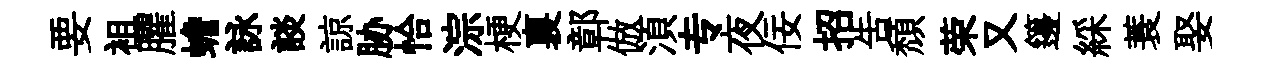
要袓臞蟾詠談諒胁恰淙梗裏鄣倣湏专夜佞招告頹荣又籩綵蓑娶